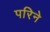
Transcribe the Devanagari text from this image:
परिने